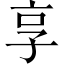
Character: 享